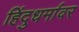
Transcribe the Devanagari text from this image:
हिंदुधर्मावर